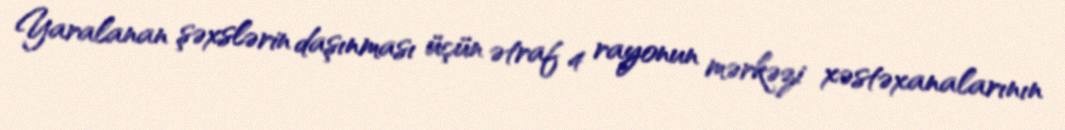
Yaralanan şəxslərin daşınması üçün ətraf 4 rayonun mərkəzi xəstəxanalarının